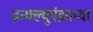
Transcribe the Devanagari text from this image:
इन्फ्ल्युएंझाच्या